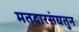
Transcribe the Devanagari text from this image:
मतदारसंघतुन